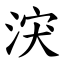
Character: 涋